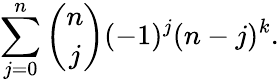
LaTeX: \sum_{j=0}^{n}{\binom{n}{j}}(-1)^{j}(n-j)^{k}.